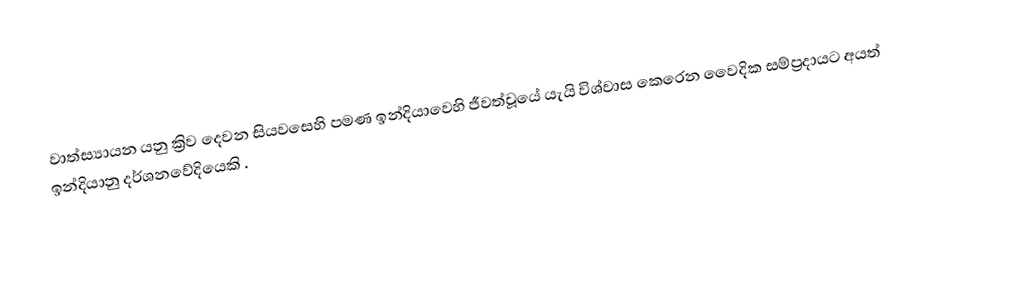
වාත්ස්‍යායන යනු ක්‍රිව දෙවන සියවසෙහි පමණ ඉන්දියාවෙහි ජීවත්වූයේ යැයි විශ්වාස කෙරෙන  වෛදික සම්ප්‍රදායට අයත්  ඉන්දියානු දර්ශනවේදියෙකි .